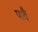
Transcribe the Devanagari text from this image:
पावैं